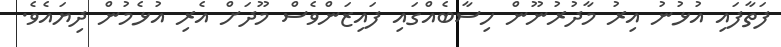
ފަތާފައި އުޅުނު އިރު މާދުރުނޫން ހިސާބެއްގައި ފައިޒަންވެސް މޫދަށް އެރި އުޅެމުން ދިޔައެވެ.